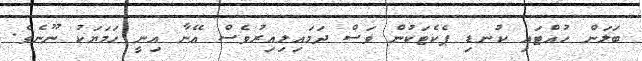
ބަލަން ހުއްޓައި ކުނޑި ޕެކެޓަކުން ވަސް ދަމައިލިއިރުވެސް އޭނާ އިނީ ހަމަޔަކު ނޫނެވެ.